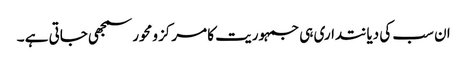
ان سب کی دیانتداری ہی جمہوریت کا مرکز ومحور سمجھی جاتی ہے ۔